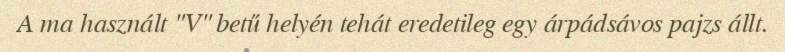
A ma használt "V" betű helyén tehát eredetileg egy árpádsávos pajzs állt.